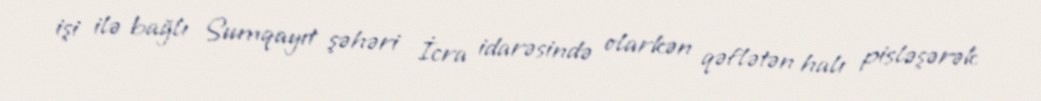
işi ilə bağlı Sumqayıt şəhəri İcra idarəsində olarkən qəflətən halı pisləşərək